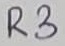
Text: R3